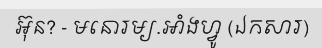
អ៊ុន? - មនោរម្យ.អាំងហ្វូ (ឯកសារ)